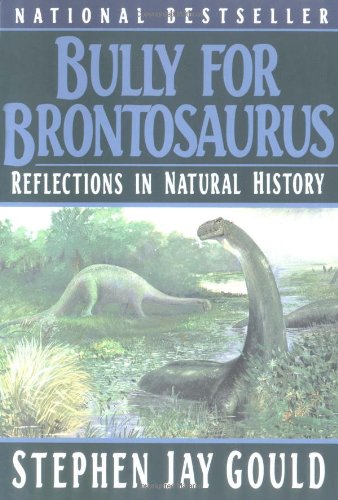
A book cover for Bully for Brontosaurus: Reflections in Natural History; Stephen Jay Gould; Science & Math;